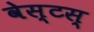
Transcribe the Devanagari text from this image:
वेस्टस्‌